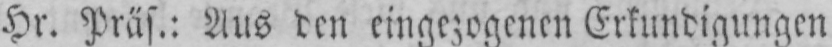
Hr. Präs.: Aus den eingezogenen Erkundigungen